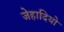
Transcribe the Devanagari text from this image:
जेहादियो